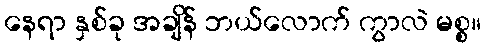
နေရာ နှစ်ခု အချိန် ဘယ်လောက် ကွာလဲ မစ္စ။